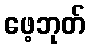
ဖေ့ဘုတ်